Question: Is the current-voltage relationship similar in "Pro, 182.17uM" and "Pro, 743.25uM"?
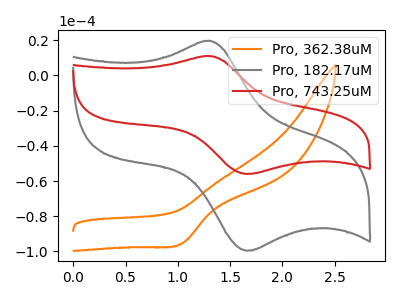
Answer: <think>The orange curve "Pro, 362.38uM" has a cathodic peak at: (1.05V, -95.40uA). The gray curve "Pro, 182.17uM" has an anodic peak at (1.30V, 19.80uA) and a cathodic peak at (1.65V, -99.65uA). The red curve "Pro, 743.25uM" has an anodic peak at (1.30V, 11.15uA) and a cathodic peak at (1.65V, -56.00uA).
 All the peaks in "Pro, 182.17uM" have a peak in "Pro, 743.25uM" at the same potential. Every peak in "Pro, 182.17uM" is higher than every peak in "Pro, 743.25uM".</think>
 <answer>"Pro, 182.17uM" and "Pro, 743.25uM" are similar in shape.</answer>
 <eval>same_shape</eval>